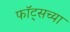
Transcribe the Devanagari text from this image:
फॉट्सच्या